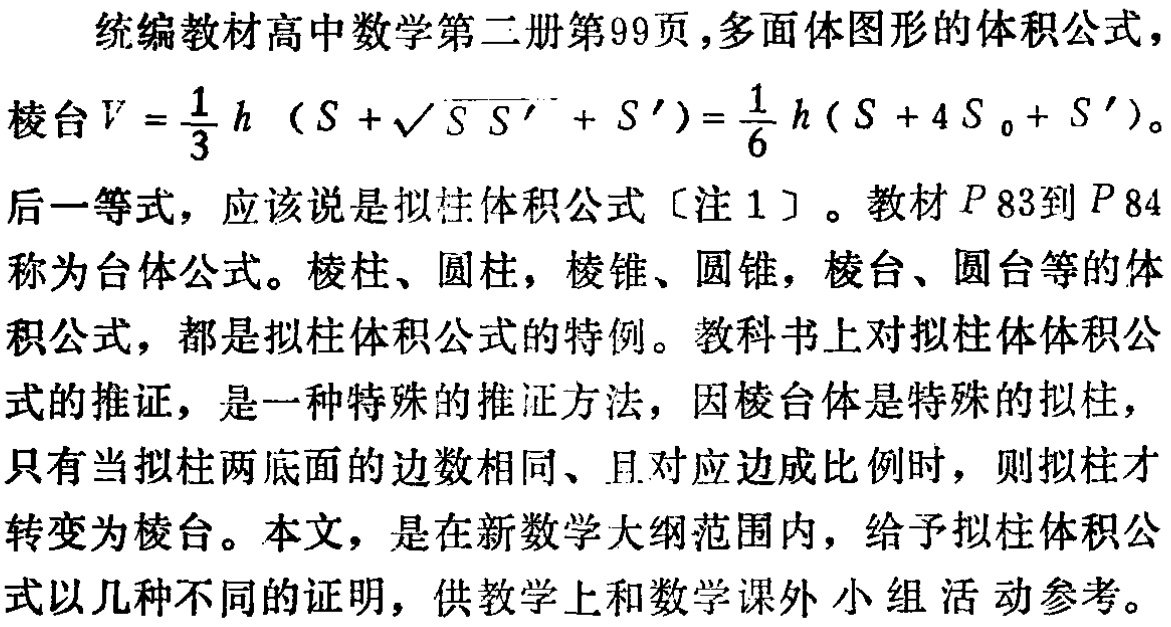
统编教材高中数学第二册第99页,多面体图形的体积公式，
棱台\(V = \frac{1}{3}h(S + \sqrt{SS'} + S')=\frac{1}{6}h(S + 4S_0 + S')\)。
后一等式，应该说是拟柱体积公式〔注1〕。教材\(P83\)到\(P84\)
称为台体公式。棱柱、圆柱，棱锥、圆锥，棱台、圆台等的体
积公式，都是拟柱体积公式的特例。教科书上对拟柱体体积公
式的推证，是一种特殊的推证方法，因棱台体是特殊的拟柱，
只有当拟柱两底面的边数相同、且对应边成比例时，则拟柱才
转变为棱台。本文，是在新数学大纲范围内，给予拟柱体积公
式以几种不同的证明，供教学上和数学课外小组活动参考。